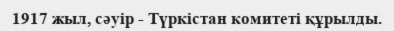
1917 жыл, сәуір - Түркістан комитеті құрылды.